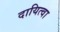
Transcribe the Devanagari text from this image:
दायित्वा